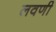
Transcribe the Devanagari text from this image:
लवणी